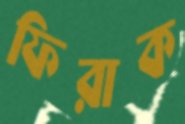
ফিরাক